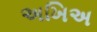
અખિઅ